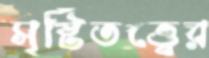
সৃষ্টিতত্ত্বের